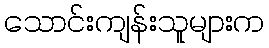
သောင်းကျန်းသူများက